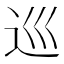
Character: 巡